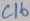
Text: C16